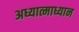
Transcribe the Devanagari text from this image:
अध्यात्माध्यान